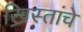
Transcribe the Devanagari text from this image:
ख्रिस्तांचे